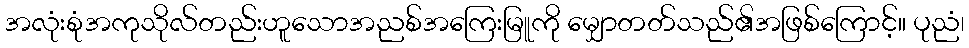
အလုံးစုံအကုသိုလ်တည်းဟူသောအညစ်အကြေးမြူကို မျှောတတ်သည်၏အဖြစ်ကြောင့်။ ပုညံ၊